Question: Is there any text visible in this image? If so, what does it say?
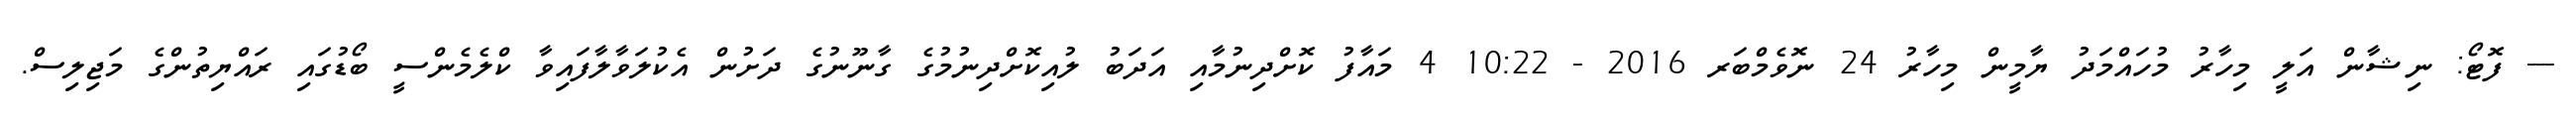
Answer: --- ފޮޓޯ: ނިޝާން އަލީ މިހާރު މުހައްމަދު ޔާމީން މިހާރު 24 ނޮވެމްބަރ 2016 - 10:22 4 މައާފު ކޮށްދިނުމާއި އަދަބު ލުއިކޮށްދިނުމުގެ ގާނޫނުގެ ދަށުން އެކުލަވާލާފައިވާ ކްލެމެންސީ ބޯޑުގައި ރައްޔިތުންގެ މަޖިލިސް.